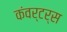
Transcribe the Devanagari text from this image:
कंवर्टर्स